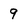
Character: 9